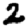
Digit: 2